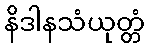
နိဒါနသံယုတ္တံ